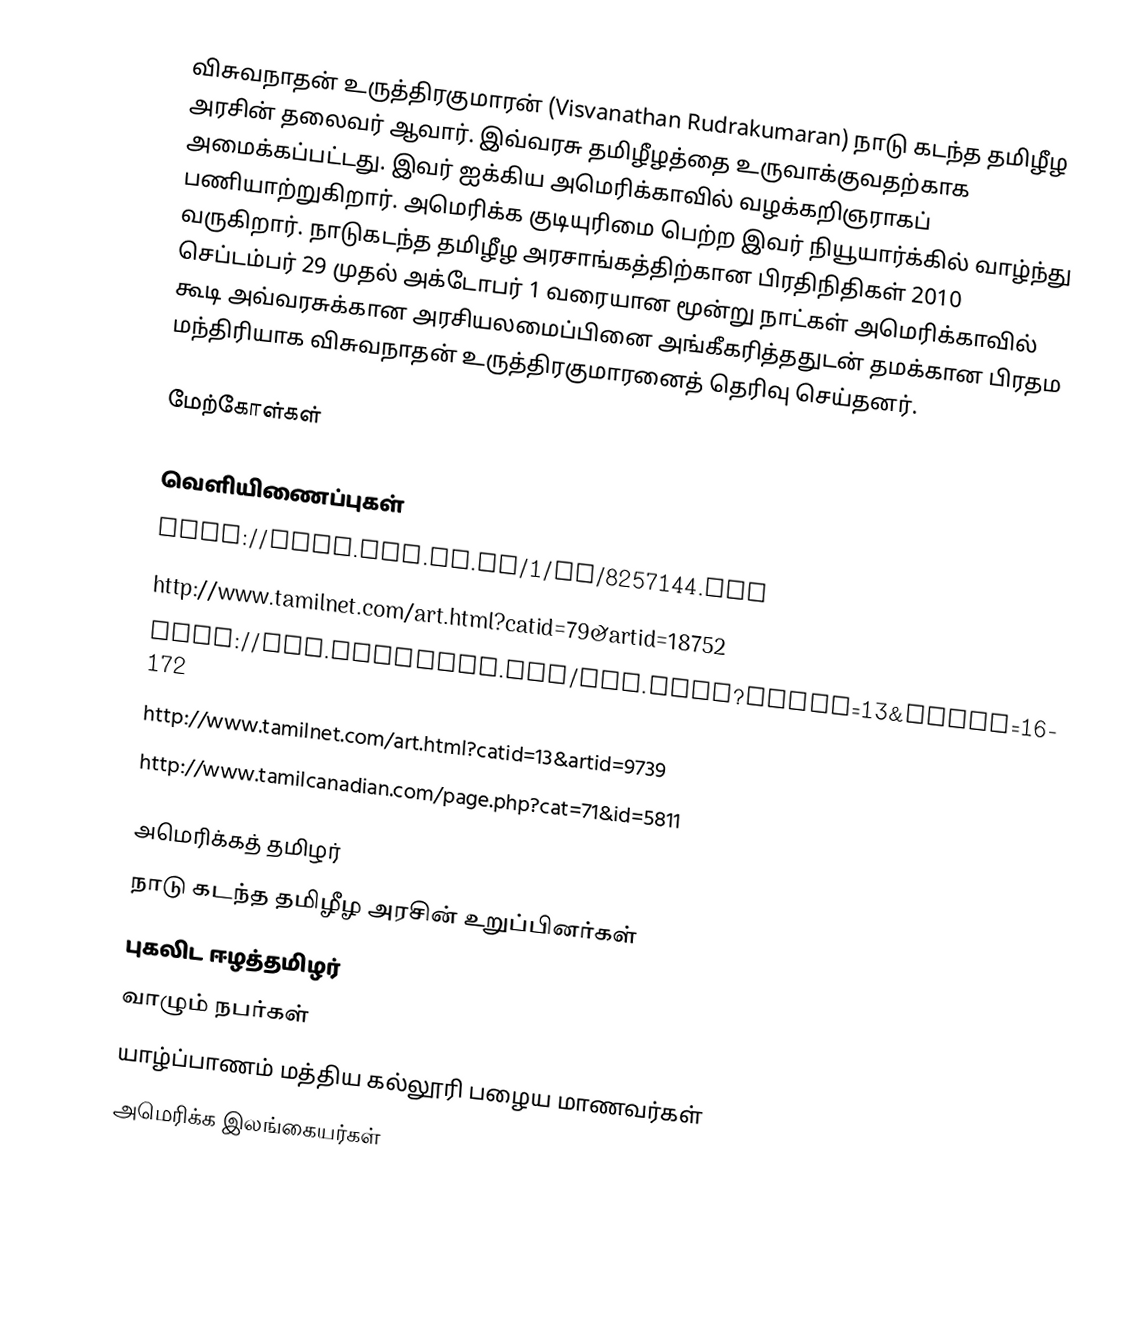
விசுவநாதன் உருத்திரகுமாரன் (Visvanathan Rudrakumaran) நாடு கடந்த தமிழீழ அரசின் தலைவர் ஆவார். இவ்வரசு தமிழீழத்தை உருவாக்குவதற்காக அமைக்கப்பட்டது. இவர் ஐக்கிய அமெரிக்காவில் வழக்கறிஞராகப் பணியாற்றுகிறார். அமெரிக்க குடியுரிமை பெற்ற இவர் நியூயார்க்கில் வாழ்ந்து வருகிறார். நாடுகடந்த தமிழீழ அரசாங்கத்திற்கான பிரதிநிதிகள் 2010 செப்டம்பர் 29 முதல் அக்டோபர் 1 வரையான மூன்று நாட்கள் அமெரிக்காவில் கூடி அவ்வரசுக்கான அரசியலமைப்பினை அங்கீகரித்ததுடன் தமக்கான பிரதம மந்திரியாக விசுவநாதன் உருத்திரகுமாரனைத் தெரிவு செய்தனர்.

மேற்கோள்கள்

வெளியிணைப்புகள்
http://news.bbc.co.uk/1/hi/8257144.stm
http://www.tamilnet.com/art.html?catid=79&artid=18752
http://www.tamilnet.com/art.html?catid=13&artid=16172
http://www.tamilnet.com/art.html?catid=13&artid=9739
http://www.tamilcanadian.com/page.php?cat=71&id=5811

அமெரிக்கத் தமிழர்
நாடு கடந்த தமிழீழ அரசின் உறுப்பினர்கள்
புகலிட ஈழத்தமிழர்
வாழும் நபர்கள்
யாழ்ப்பாணம் மத்திய கல்லூரி பழைய மாணவர்கள்
அமெரிக்க இலங்கையர்கள்